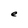
Character: e